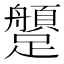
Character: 𨇐